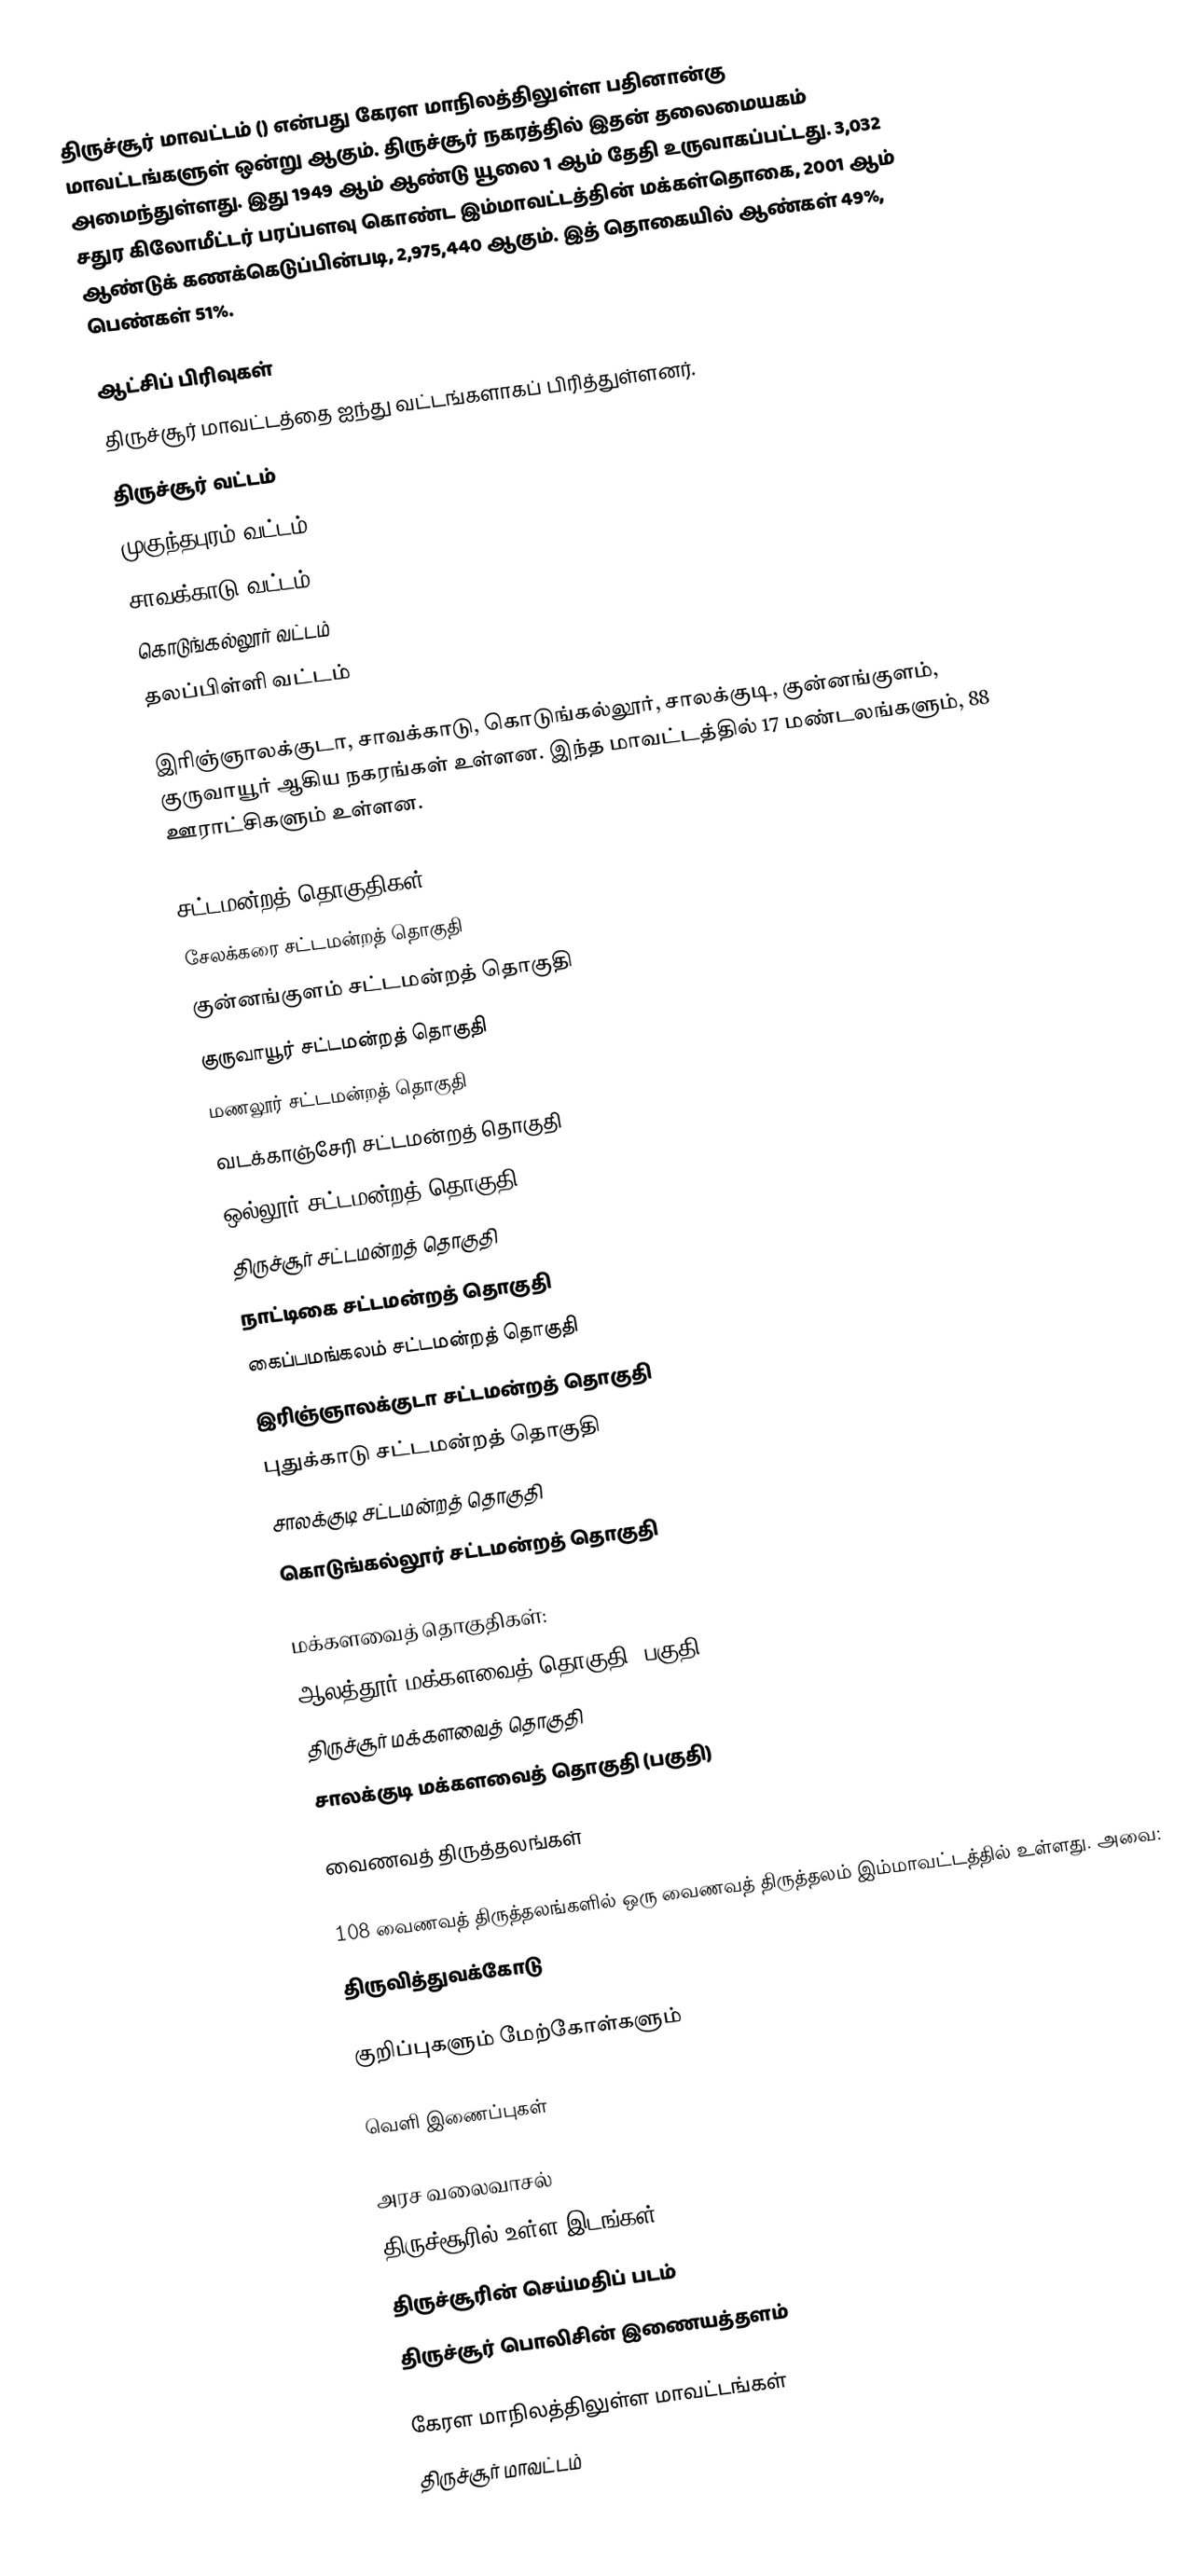
திருச்சூர் மாவட்டம் () என்பது கேரள மாநிலத்திலுள்ள பதினான்கு மாவட்டங்களுள் ஒன்று ஆகும். திருச்சூர் நகரத்தில் இதன் தலைமையகம் அமைந்துள்ளது. இது 1949 ஆம் ஆண்டு யூலை 1 ஆம் தேதி உருவாகப்பட்டது. 3,032 சதுர கிலோமீட்டர் பரப்பளவு கொண்ட இம்மாவட்டத்தின் மக்கள்தொகை, 2001 ஆம் ஆண்டுக் கணக்கெடுப்பின்படி, 2,975,440 ஆகும். இத் தொகையில் ஆண்கள் 49%, பெண்கள் 51%.

ஆட்சிப் பிரிவுகள்
திருச்சூர் மாவட்டத்தை ஐந்து வட்டங்களாகப் பிரித்துள்ளனர்.
திருச்சூர் வட்டம்
முகுந்தபுரம் வட்டம்
சாவக்காடு வட்டம்
கொடுங்கல்லூர் வட்டம்
தலப்பிள்ளி வட்டம்

இரிஞ்ஞாலக்குடா, சாவக்காடு, கொடுங்கல்லூர், சாலக்குடி, குன்னங்குளம், குருவாயூர் ஆகிய நகரங்கள் உள்ளன. இந்த மாவட்டத்தில் 17 மண்டலங்களும், 88 ஊராட்சிகளும் உள்ளன.

சட்டமன்றத் தொகுதிகள்:
சேலக்கரை சட்டமன்றத் தொகுதி
குன்னங்குளம் சட்டமன்றத் தொகுதி
குருவாயூர் சட்டமன்றத் தொகுதி
மணலூர் சட்டமன்றத் தொகுதி
வடக்காஞ்சேரி சட்டமன்றத் தொகுதி
ஒல்லூர் சட்டமன்றத் தொகுதி
திருச்சூர் சட்டமன்றத் தொகுதி
நாட்டிகை சட்டமன்றத் தொகுதி
கைப்பமங்கலம் சட்டமன்றத் தொகுதி
இரிஞ்ஞாலக்குடா சட்டமன்றத் தொகுதி
புதுக்காடு சட்டமன்றத் தொகுதி
சாலக்குடி சட்டமன்றத் தொகுதி
கொடுங்கல்லூர் சட்டமன்றத் தொகுதி

மக்களவைத் தொகுதிகள்:
ஆலத்தூர் மக்களவைத் தொகுதி (பகுதி)
திருச்சூர் மக்களவைத் தொகுதி
சாலக்குடி மக்களவைத் தொகுதி (பகுதி)

வைணவத் திருத்தலங்கள்

108 வைணவத் திருத்தலங்களில்  ஒரு வைணவத் திருத்தலம் இம்மாவட்டத்தில் உள்ளது. அவை:
 திருவித்துவக்கோடு

குறிப்புகளும் மேற்கோள்களும்

வெளி இணைப்புகள்

 அரச வலைவாசல்
 திருச்சூரில் உள்ள இடங்கள்
 திருச்சூரின் செய்மதிப் படம்
 திருச்சூர் பொலிசின் இணையத்தளம்

கேரள மாநிலத்திலுள்ள மாவட்டங்கள்
திருச்சூர் மாவட்டம்